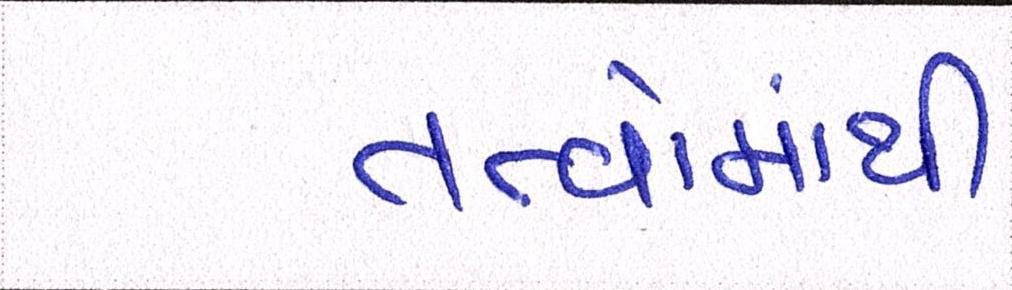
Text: તત્વોમાંથી